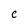
Character: C